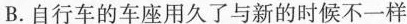
B.自行车的车座用久了与新的时候不一样